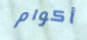
أكوام